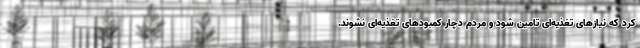
کرد که نیازهای تغذیه‌ای تامین شود و مردم دچار کمبودهای تغذیه‌ای نشوند.